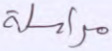
مراسلة